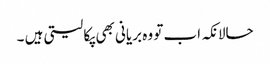
حالانکہ اب تو وہ بریانی بھی پکا لیتی ہیں ۔